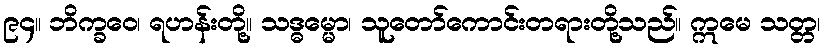
၉၄။ ဘိက္ခဝေ၊ ရဟန်းတို့။ သဒ္ဓမ္မော၊ သူတော်ကောင်းတရားတို့သည်။ ဣမေ သတ္တ၊